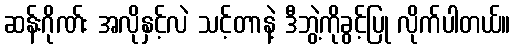
ဆန်းဂိုဏ်း အလိုနှင့်လဲ သင့်တာနဲ့ ဒီဘွဲ့ကိုခွင့်ပြု လိုက်ပါတယ်။